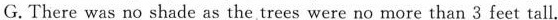
G. There was no shade as the trees were no more than 3 feet tall.